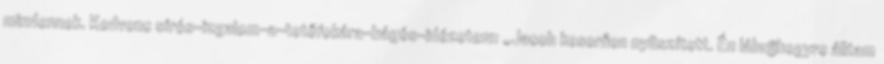
mindennek. Kedvenc sírós-izgalom-a-tetőfokára-hágós-idézetem: „Jacob keserűen nyüszített. Én lábujjhegyre álltam